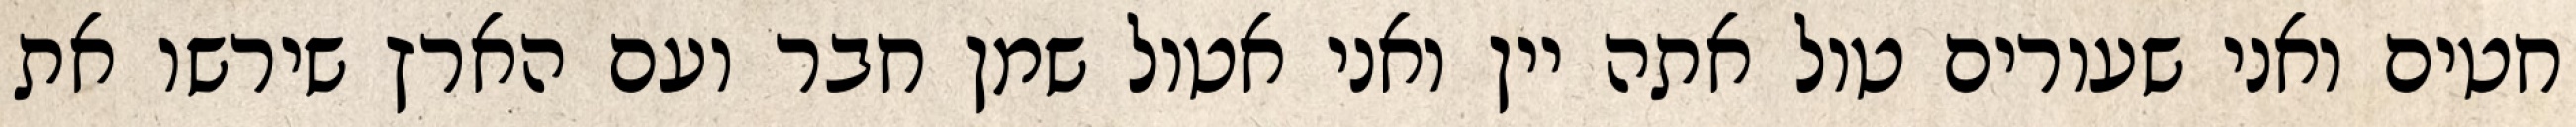
חטים ואני שעורים טול אתה יין ואני אטול שמן חבר ועם הארץ שירשו את